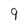
Character: 9